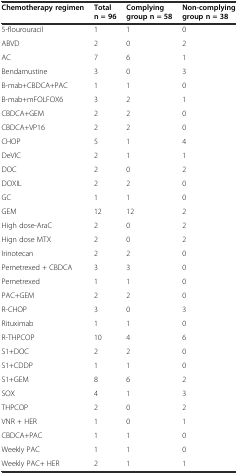
<table><thead><tr><td><b>Chemotherapy regimen</b></td><td><b>Total n = 96</b></td><td><b>Complying group n = 58</b></td><td><b>Non-complying group n = 38</b></td></tr></thead><tbody><tr><td>5-flourouracil</td><td>1</td><td>1</td><td>0</td></tr><tr><td>ABVD</td><td>2</td><td>0</td><td>2</td></tr><tr><td>AC</td><td>7</td><td>6</td><td>1</td></tr><tr><td>Bendamustine</td><td>3</td><td>0</td><td>3</td></tr><tr><td>B-mab+CBDCA+PAC</td><td>1</td><td>1</td><td>0</td></tr><tr><td>B-mab+mFOLFOX6</td><td>3</td><td>2</td><td>1</td></tr><tr><td>CBDCA+GEM</td><td>2</td><td>2</td><td>0</td></tr><tr><td>CBDCA+VP16</td><td>2</td><td>2</td><td>0</td></tr><tr><td>CHOP</td><td>5</td><td>1</td><td>4</td></tr><tr><td>DeVIC</td><td>2</td><td>1</td><td>1</td></tr><tr><td>DOC</td><td>2</td><td>0</td><td>2</td></tr><tr><td>DOXIL</td><td>2</td><td>2</td><td>0</td></tr><tr><td>GC</td><td>1</td><td>1</td><td>0</td></tr><tr><td>GEM</td><td>12</td><td>12</td><td>2</td></tr><tr><td>High dose-AraC</td><td>2</td><td>0</td><td>2</td></tr><tr><td>Hign dose MTX</td><td>2</td><td>0</td><td>2</td></tr><tr><td>Irinotecan</td><td>2</td><td>2</td><td>0</td></tr><tr><td>Pemetrexed + CBDCA</td><td>3</td><td>3</td><td>0</td></tr><tr><td>Pemetrexed</td><td>1</td><td>1</td><td>0</td></tr><tr><td>PAC+GEM</td><td>2</td><td>2</td><td>0</td></tr><tr><td>R-CHOP</td><td>3</td><td>0</td><td>3</td></tr><tr><td>Rituximab</td><td>1</td><td>1</td><td>0</td></tr><tr><td>R-THPCOP</td><td>10</td><td>4</td><td>6</td></tr><tr><td>S1+DOC</td><td>2</td><td>2</td><td>0</td></tr><tr><td>S1+CDDP</td><td>1</td><td>1</td><td>0</td></tr><tr><td>S1+GEM</td><td>8</td><td>6</td><td>2</td></tr><tr><td>SOX</td><td>4</td><td>1</td><td>3</td></tr><tr><td>THPCOP</td><td>2</td><td>0</td><td>2</td></tr><tr><td>VNR + HER</td><td>1</td><td>0</td><td>1</td></tr><tr><td>CBDCA+PAC</td><td>1</td><td>1</td><td>0</td></tr><tr><td>Weekly PAC</td><td>1</td><td>1</td><td>0</td></tr><tr><td>Weekly PAC+ HER</td><td>2</td><td>1</td><td>1</td></tr></tbody></table>